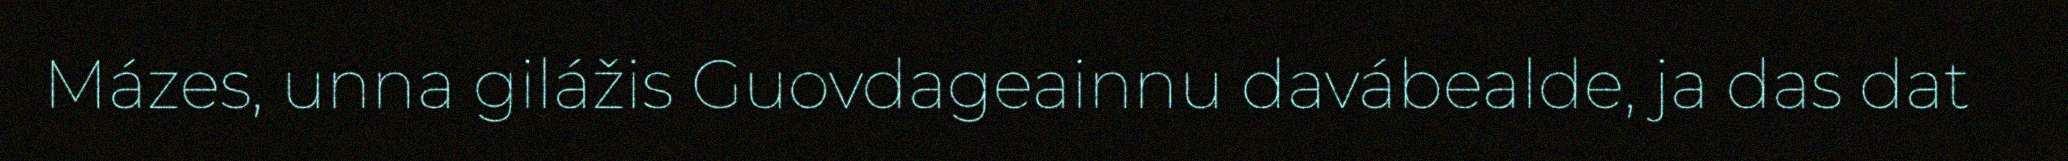
Mázes, unna gilážis Guovdageainnu davábealde, ja das dat